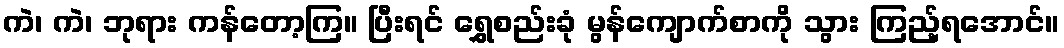
ကဲ၊ ကဲ၊ ဘုရား ကန်တော့ကြ။ ပြီးရင် ရွှေစည်းခုံ မွန်ကျောက်စာကို သွား ကြည့်ရအောင်။